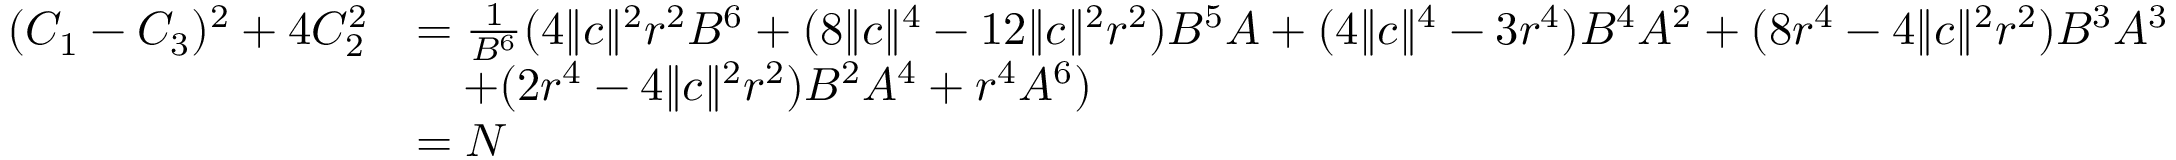
\begin{array} { r l } { ( C _ { 1 } - C _ { 3 } ) ^ { 2 } + 4 C _ { 2 } ^ { 2 } } & { = \frac { 1 } { B ^ { 6 } } ( 4 \| c \| ^ { 2 } r ^ { 2 } B ^ { 6 } + ( 8 \| c \| ^ { 4 } - 1 2 \| c \| ^ { 2 } r ^ { 2 } ) B ^ { 5 } A + ( 4 \| c \| ^ { 4 } - 3 r ^ { 4 } ) B ^ { 4 } A ^ { 2 } + ( 8 r ^ { 4 } - 4 \| c \| ^ { 2 } r ^ { 2 } ) B ^ { 3 } A ^ { 3 } } \\ & { \quad + ( 2 r ^ { 4 } - 4 \| c \| ^ { 2 } r ^ { 2 } ) B ^ { 2 } A ^ { 4 } + r ^ { 4 } A ^ { 6 } ) } \\ & { = N } \end{array}